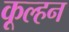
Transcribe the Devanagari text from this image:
कूल्हन